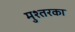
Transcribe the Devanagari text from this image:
मुश्तरका